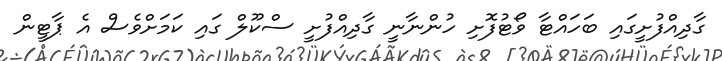
ގާދިއްފުށީގައި ބަހައްޓާ ވޯޓުފޮށި ހުންނާނީ ގާދިއްފުށީ ސްކޫލް ގައި ކަމަށްވެސް އެ ޕާޓީން